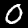
Digit: 0